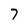
Character: 7